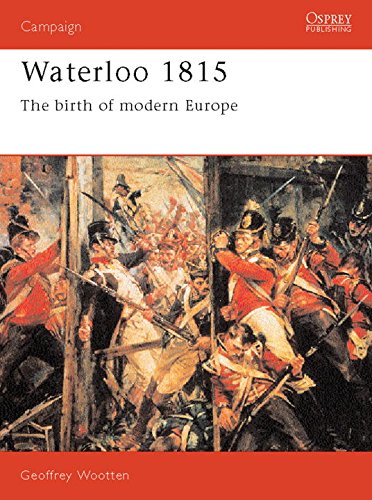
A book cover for Waterloo 1815: The Birth of Modern Europe (Campaign); Geoff Wootten; History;